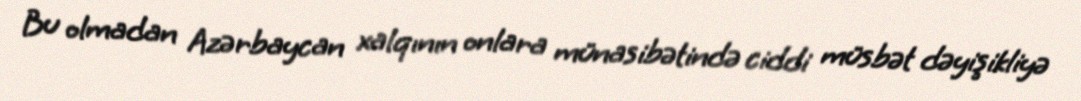
Bu olmadan Azərbaycan xalqının onlara münasibətində ciddi müsbət dəyişikliyə